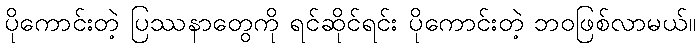
ပိုကောင်းတဲ့ ပြဿနာတွေကို ရင်ဆိုင်ရင်း ပိုကောင်းတဲ့ ဘဝဖြစ်လာမယ်။